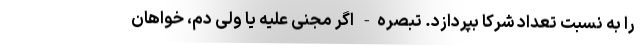
را به نسبت تعداد شرکا بپردازد. تبصره- اگر مجنی علیه یا ولی دم، خواهان